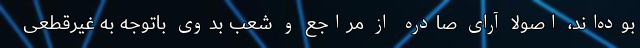
بوده‌اند، اصولاً آرای صادره از مراجع و شعب بدوی باتوجه به غیرقطعی